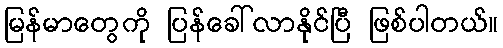
မြန်မာတွေကို ပြန်ခေါ်လာနိုင်ပြီ ဖြစ်ပါတယ်။